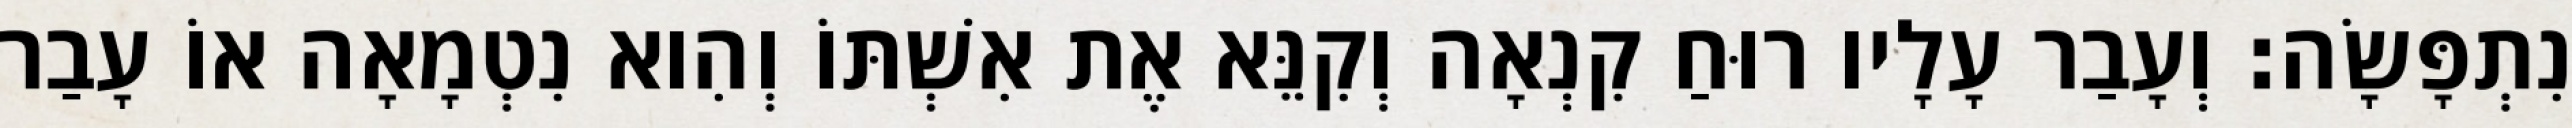
נִתְפָּשָׂה׃ וְעָבַר עָלָיו רוּחַ קִנְאָה וְקִנֵּא אֶת אִשְׁתּוֹ וְהִוא נִטְמָאָה אוֹ עָבַר